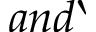
a n d `